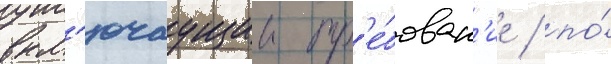
вкл'ючаущии тр'е́бован'ие / по́